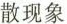
散现象